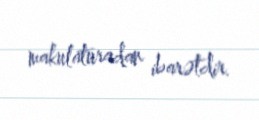
makulaturadan ibarətdir.